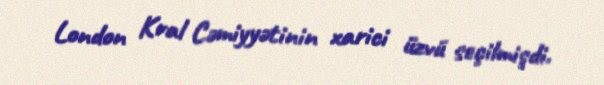
London Kral Cəmiyyətinin xarici üzvü seçilmişdi.